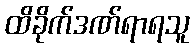
ထိခိုက်ဒဏ်ရာရသူ